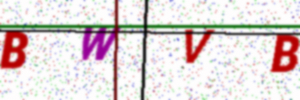
Text: BWVB